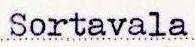
Sortavala